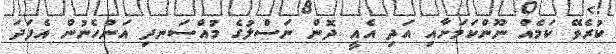
ކުރެވޭ ކަމެއް ނޫންކަމަށާއި އަދި އެއީ ދޮން ނަސްލުގެ މުއްސަނދި އަންހެނުން އެފަދަ